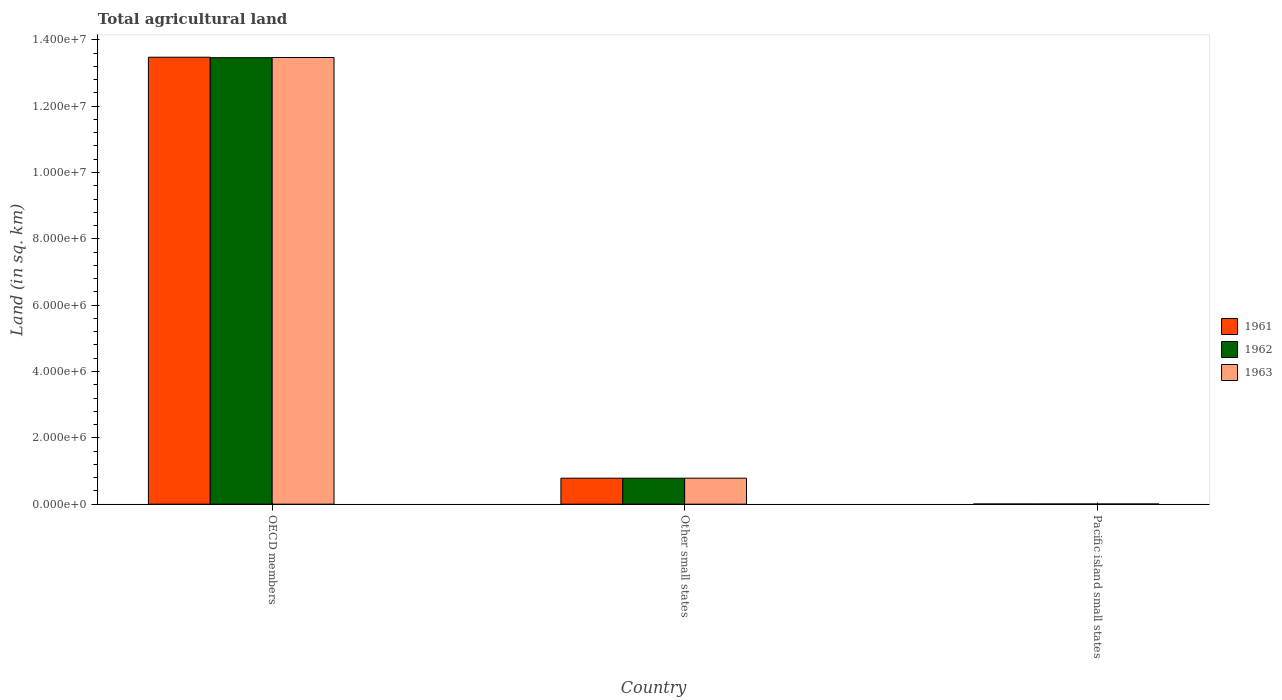
| Country | 1961 | 1962 | 1963 |
 | --- | --- | --- | --- |
 | OECD members | 1.35e+07 | 1.35e+07 | 1.35e+07 |
 | Other small states | 7.83e+05 | 7.83e+05 | 7.83e+05 |
 | Pacific island small states | 5.11e+03 | 5.13e+03 | 5.19e+03 |